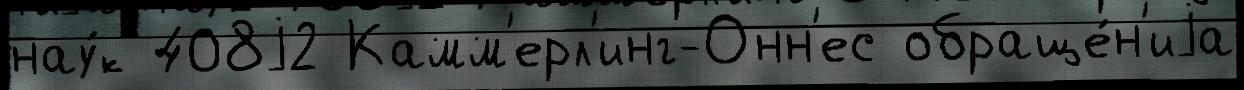
нау́к 408j2 Камм'ерл'инг-Онн'ес обраще́н'иjа